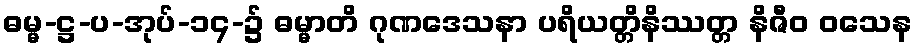
ဓမ္မ-ဋ္ဌ-ပ-အုပ်-၁၄-၌ ဓမ္မာတိ ဂုဏဒေသနာ ပရိယတ္တိနိဿတ္တ နိဇီဝ ဝသေန